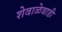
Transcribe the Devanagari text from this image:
शेवाळेवाडी